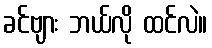
ခင်ဗျား ဘယ်လို ထင်လဲ။